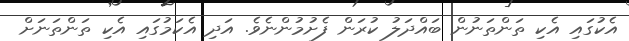
އެކުގައި އެކި ތަންތަނުން ބައްދަލު ކުރަން ފެށުމުންނެވެ. އަދި އެކަމުގައި އެކި ތަންތަނަށް